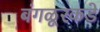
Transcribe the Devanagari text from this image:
बंगळूरकडे